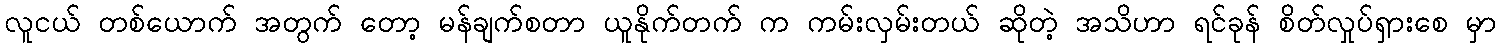
လူငယ် တစ်ယောက် အတွက် တော့ မန်ချက်စတာ ယူနိုက်တက် က ကမ်းလှမ်းတယ် ဆိုတဲ့ အသိဟာ ရင်ခုန် စိတ်လှုပ်ရှားစေ မှာ